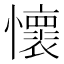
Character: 懷